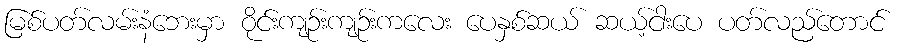
မြစ်ပတ်လမ်းနံဘေးမှာ ဝိုင်းကျဉ်းကျဉ်းကလေး ပေနှစ်ဆယ် ဆယ့်ငါးပေ ပတ်လည်တောင်